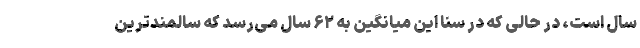
سال است، در حالی که در سنا این میانگین به ۶۲ سال می‌رسد که سالمندترین